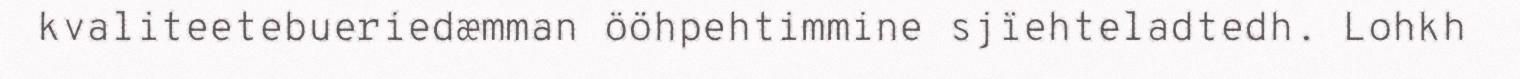
kvaliteetebueriedæmman ööhpehtimmine sjïehteladtedh. Lohkh